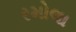
રમોલા